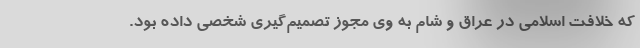
که خلافت اسلامی در عراق و شام به وی مجوز تصمیم‌گیری شخصی داده بود.